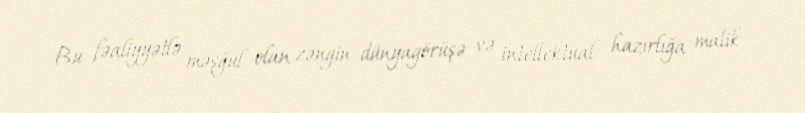
Bu fəaliyyətlə məşğul olan zəngin dünyagörüşə və intellektual hazırlığa malik